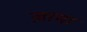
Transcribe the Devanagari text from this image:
ज़ामा